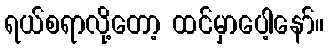
ရယ်စရာလို့တော့ ထင်မှာပေါ့နော်။